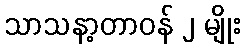
သာသနာ့တာဝန် ၂ မျိုး